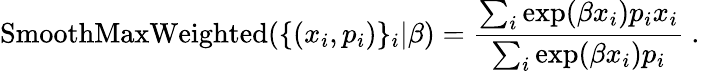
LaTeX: \operatorname{SmoothMaxWeighted}(\{ (x_{i},p_{i})\} _{i}|\beta)=\frac{\sum_{i}\exp(\beta x_{i})p_{i}x_{i}}{\sum_{i}\exp(\beta x_{i})p_{i}}\mathrm{~.~}